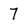
Character: 7